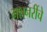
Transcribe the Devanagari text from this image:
मशनरींचे